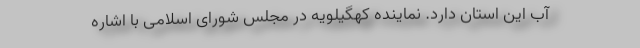
آب این استان دارد. نماینده کهگیلویه در مجلس شورای اسلامی با اشاره